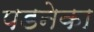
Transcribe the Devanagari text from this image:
पडनेका